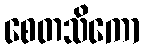
စေတသိကော